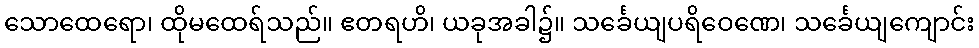
သောထေရော၊ ထိုမထေရ်သည်။ ဧတရဟိ၊ ယခုအခါ၌။ သင်္ခေယျပရိဝေဏေ၊ သင်္ခေယျကျောင်း